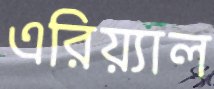
এরিয়্যাল